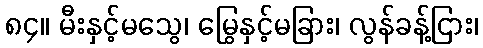
၈၄။ မီးနှင့်မသွေ၊ မြွေနှင့်မခြား၊ လွန်ခန့်ငြား၊